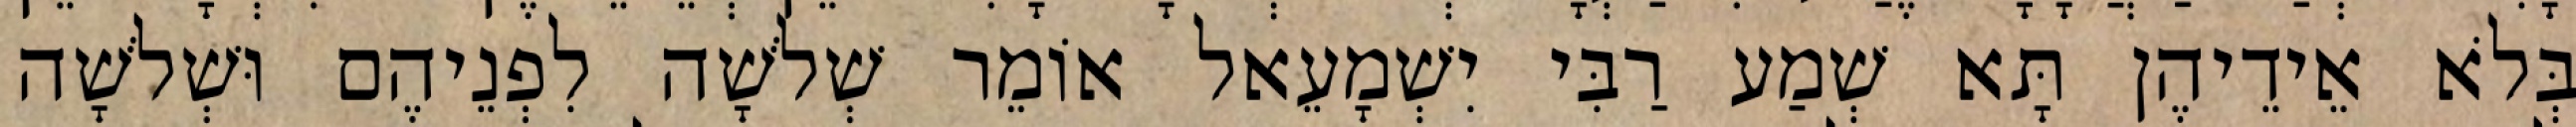
בְּלֹא אֵידֵיהֶן תָּא שְׁמַע רַבִּי יִשְׁמָעֵאל אוֹמֵר שְׁלֹשָׁה לִפְנֵיהֶם וּשְׁלֹשָׁה